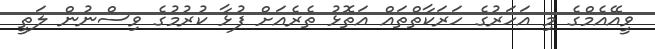
ވީއޭއެމްގެ މި އަހަރުގެ ހަރަކާތްތައް އަތޮޅު ތެރެއަށް ފުޅާ ކުރުމުގެ ވިސްނުން ލަތީ